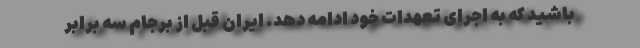
باشید که به اجرای تعهدات خود ادامه دهد. ایران قبل از برجام سه برابر